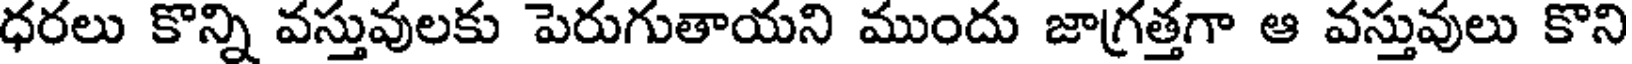
ధరలు కొన్ని వస్తువులకు పెరుగుతాయని ముందు జాగ్రత్తగా ఆ వస్తువులు కొని